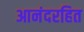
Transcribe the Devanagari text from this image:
आनंदरहित